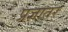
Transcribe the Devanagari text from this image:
प्रज्ञातर